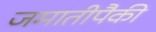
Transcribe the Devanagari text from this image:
जमातीपैकी